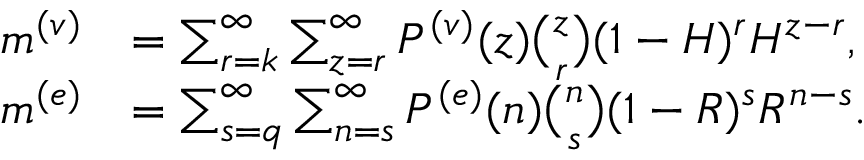
\begin{array} { r l } { m ^ { ( v ) } } & { = \sum _ { r = k } ^ { \infty } \sum _ { z = r } ^ { \infty } P ^ { ( v ) } ( z ) \binom { z } { r } ( 1 - H ) ^ { r } H ^ { z - r } , } \\ { m ^ { ( e ) } } & { = \sum _ { s = q } ^ { \infty } \sum _ { n = s } ^ { \infty } P ^ { ( e ) } ( n ) \binom { n } { s } ( 1 - R ) ^ { s } R ^ { n - s } . } \end{array}